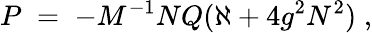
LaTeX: P\; =\; -M^{-1}NQ(\aleph+4g^{2}N^{2})\; ,